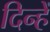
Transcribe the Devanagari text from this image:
दिन्हें